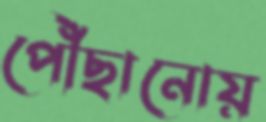
পৌঁছানোয়